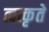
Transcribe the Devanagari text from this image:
त्वत्कृते